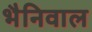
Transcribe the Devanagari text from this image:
भैनिवाल